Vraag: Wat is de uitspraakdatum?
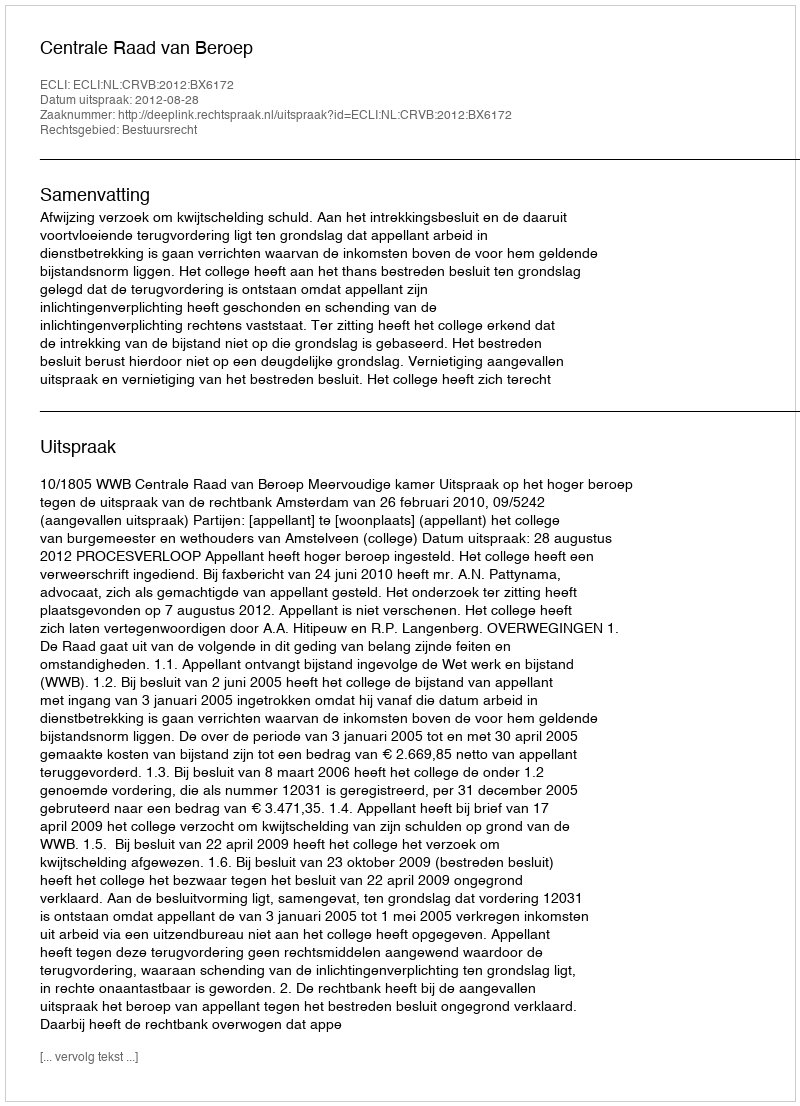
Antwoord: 2012-08-28